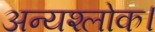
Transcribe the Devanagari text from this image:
अन्यश्लोक।